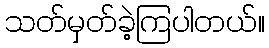
သတ်မှတ်ခဲ့ကြပါတယ်။